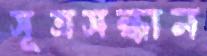
সূত্রসন্ধান